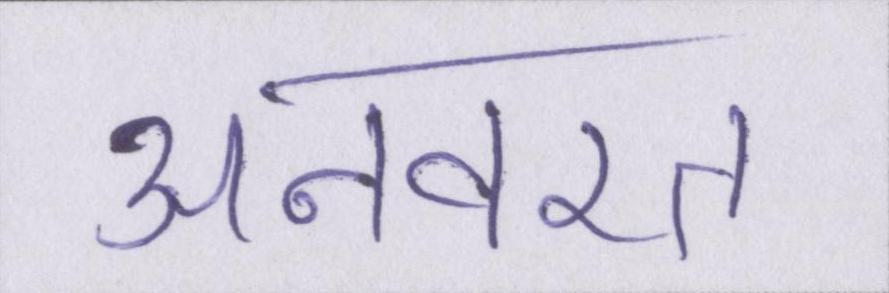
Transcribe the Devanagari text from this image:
अनवरत